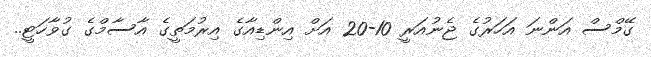
ގޭމްސް އަންނަ އަހަރުގެ ޖެނުއަރީ 10-20 އަށް އިންޑިއާގެ އިރުމަތީގެ އާސާމްގެ ގުވާހަޓީ..